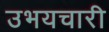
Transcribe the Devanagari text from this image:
उभयचारी